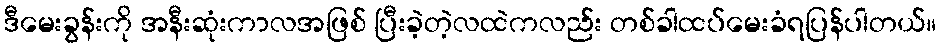
ဒီမေးခွန်းကို အနီးဆုံးကာလအဖြစ် ပြီးခဲ့တဲ့လထဲကလည်း တစ်ခါထပ်မေးခံရပြန်ပါတယ်။